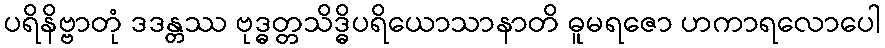
ပရိနိဗ္ဗာတုံ ဒဒန္တဿ ဗုဒ္ဓတ္တသိဒ္ဓိပရိယောသာနာတိ ဓူမရဇော ဟကာရလောပေါ